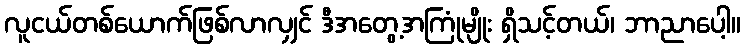
လူငယ်တစ်ယောက်ဖြစ်လာလျှင် ဒီအတွေ့အကြုံမျိုး ရှိသင့်တယ်၊ ဘာညာပေါ့။